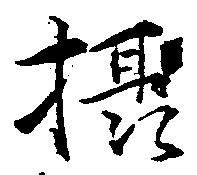
摂